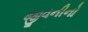
જીવનીનો